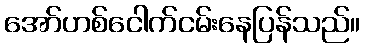
အော်ဟစ်ငေါက်ငမ်းနေပြန်သည်။